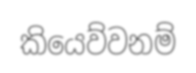
කියෙව්වනම්